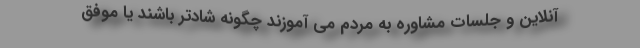
آنلاین و جلسات مشاوره به مردم می آموزند چگونه شادتر باشند یا موفق